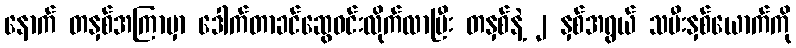
နောက် တနှစ်အကြာမှာ ဒေါက်တာခင်ဆွေဝင်းလိုက်လာပြီး တနှစ်နဲ့ ၂ နှစ်အရွယ် သမီးနှစ်ယောက်ကို